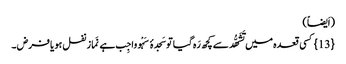
(اَیضاً)
{13} کسی قعدہ میں تَشَھُّد سے کچھ رَہ گیا توسَجدۂ سَہْو واجِب ہے نَماز نفل ہو یا فرض ۔